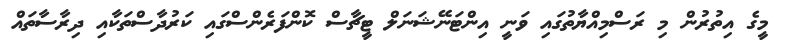
މީގެ އިތުރުން މި ރަސްމިއްޔާތުގައި ވަނީ އިންޓަނޭޝަނަލް ޓީޗާސް ކޮންފަރެންސްގައި ކަރުދާސްތަކާއި ދިރާސާތައް